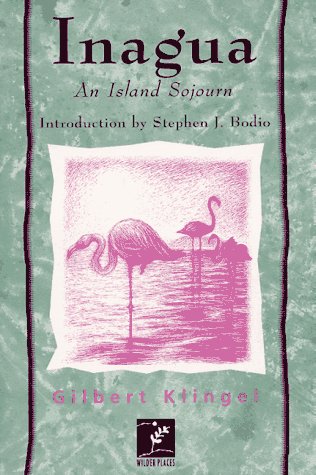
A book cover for Inagua: An Island Sojourn (Wilder Places); Gilbert Klingel; Travel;